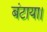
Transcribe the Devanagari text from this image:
बंटाया।